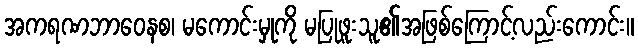
အကရဏဘာဝေနစ၊ မကောင်းမှုကို မပြုဖူးသူ၏အဖြစ်ကြောင့်လည်းကောင်း။